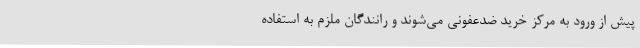
پیش از ورود به مرکز خرید ضدعفونی می‌شوند و رانندگان ملزم به استفاده